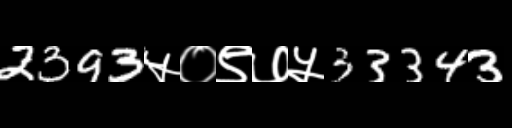
Text: 2393५०९७५33343